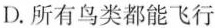
D.所有鸟类都能飞行